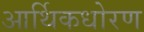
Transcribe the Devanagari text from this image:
आर्थिकधोरण